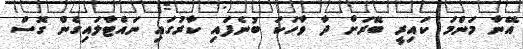
އޭނާ މަންމަ ކައިރީ ބޭރަށް ދާ ވާހަކަ ބުނެފައި ކާރުގައި ނައްޓާލައިގެން ގޮސް